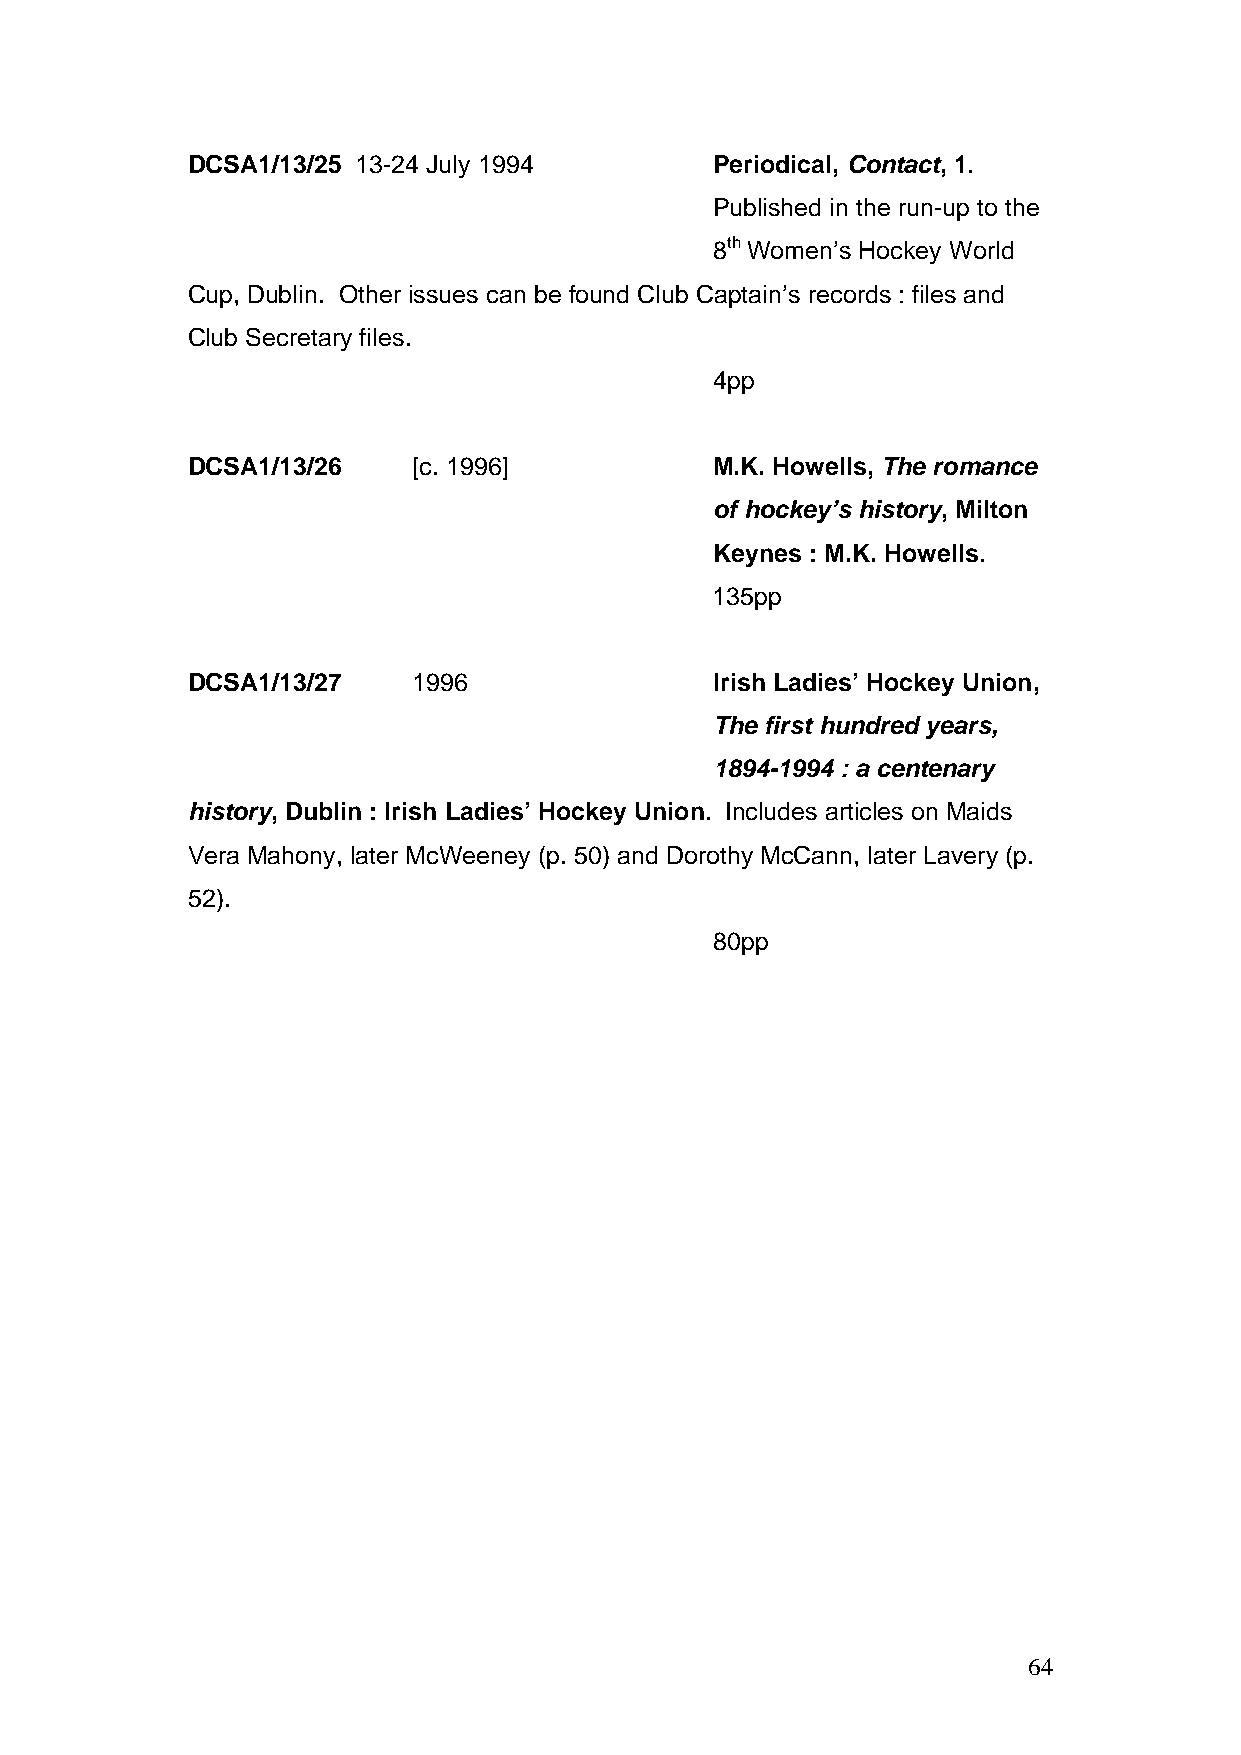
DCSA1/13/25 13-24 July 1994        Periodical, Contact, 1.
 Published in the run-up to the
 8th Women’s Hockey World
 Cup, Dublin. Other issues can be found Club Captain’s records : files and
 Club Secretary files.
 4pp
 DCSA1/13/26    [c. 1996]           M.K. Howells, The romance
 of hockey’s history, Milton
 Keynes : M.K. Howells.
 135pp
 DCSA1/13/27    1996                Irish Ladies’ Hockey Union,
 The first hundred years,
 1894-1994 : a centenary
 history, Dublin : Irish Ladies’ Hockey Union. Includes articles on Maids
 Vera Mahony, later McWeeney (p. 50) and Dorothy McCann, later Lavery (p.
 52).
 80pp
 64